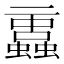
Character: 𧔁